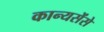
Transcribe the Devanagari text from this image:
कान्यसेंसे